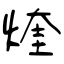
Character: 煃